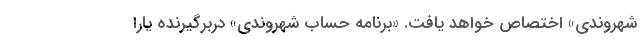
شهروندی» اختصاص خواهد یافت. «برنامه حساب شهروندی» دربرگیرنده یارا